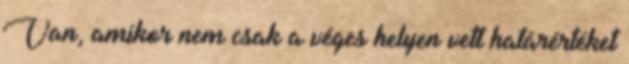
Van, amikor nem csak a véges helyen vett határértéket